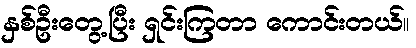
နှစ်ဦးတွေ့ပြီး ရှင်းကြတာ ကောင်းတယ်။